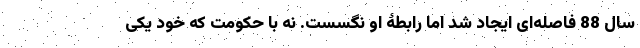
سال 88 فاصله‌ای ایجاد شد اما رابطۀ او نگسست. نه با حکومت که خود یکی